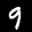
Label: 9